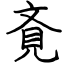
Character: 斍